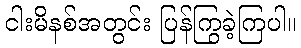
ငါးမိနစ်အတွင်း ပြန်ကြွခဲ့ကြပါ။